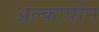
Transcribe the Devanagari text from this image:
अल्कापोन